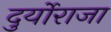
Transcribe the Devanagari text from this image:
दुर्योराजा